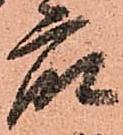
衆